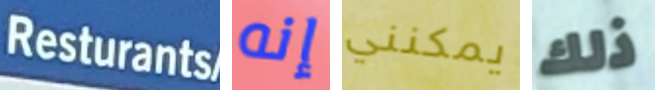
Resturants إنه يمكنني ذلك